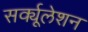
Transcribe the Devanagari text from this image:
सर्क्यूलेशन